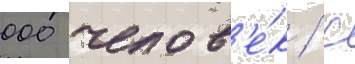
000 челов'е́к / с